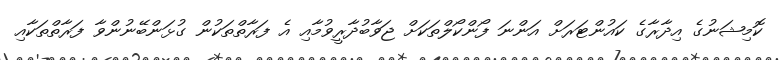
ކޮމިޝަނުގެ އިދާރާގެ ކައުންޓަރަށް އަންނަ ފޯންކޯލްތަކަށް ޖަވާބުދާރީވުމާއި އެ ފަރާތްތަކުން ގުޅަންބޭނުންވާ ފަރާތްތަކާއި